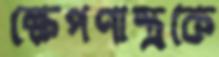
ক্ষেপণাস্ত্রকে